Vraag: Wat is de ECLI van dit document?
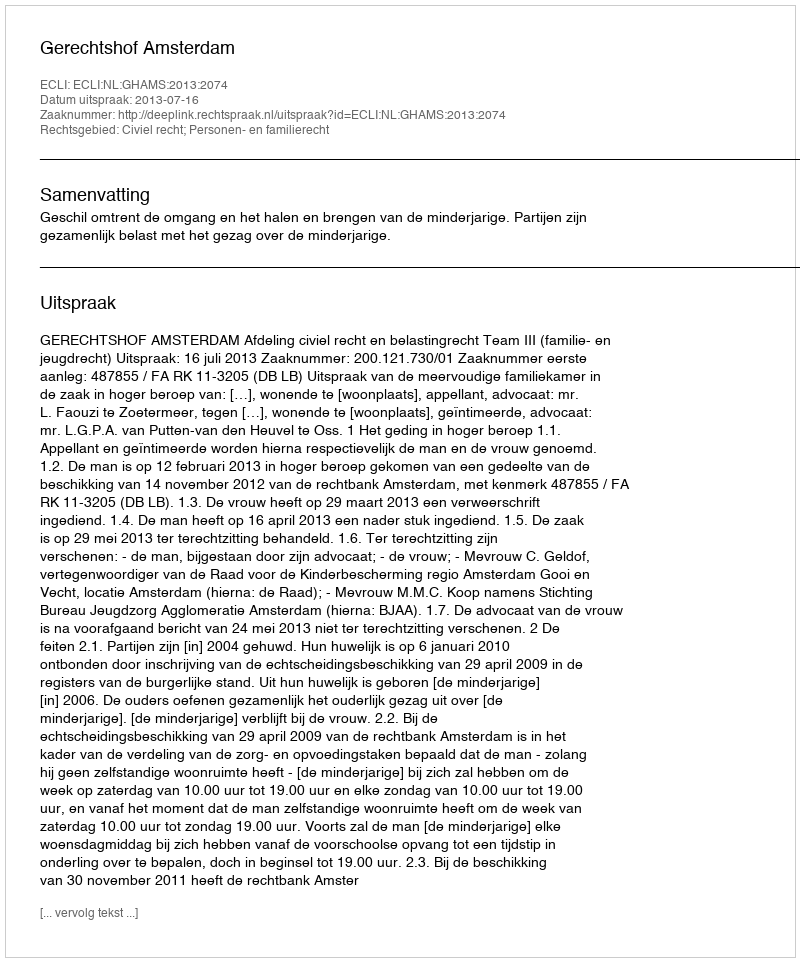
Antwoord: ECLI:NL:GHAMS:2013:2074